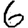
Digit: 6